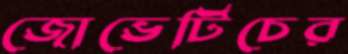
জোভেটিচের